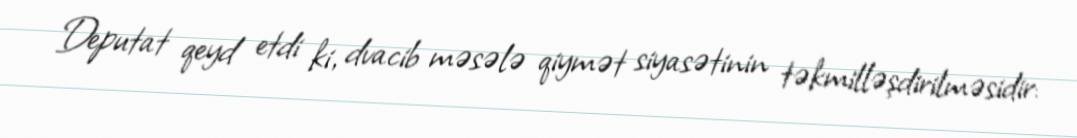
Deputat qeyd etdi ki, dvacib məsələ qiymət siyasətinin təkmilləşdirilməsidir: